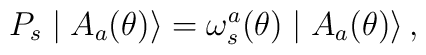
P_{s}\mid A_{a}(\theta)\rangle =\omega_{s}^{a}(\theta) \mid A_{a}(\theta)\rangle\,,